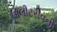
મિલીટરીવની